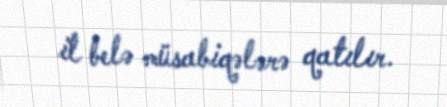
il belə müsabiqələrə qatılır.